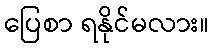
ပြေစာ ရနိုင်မလား။